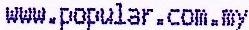
WWW.POPULAR.COM.MY